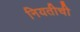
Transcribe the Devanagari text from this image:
नियतीची